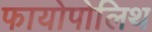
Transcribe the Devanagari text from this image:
फायोपोलिथ